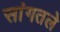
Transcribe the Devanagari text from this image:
सांगतले